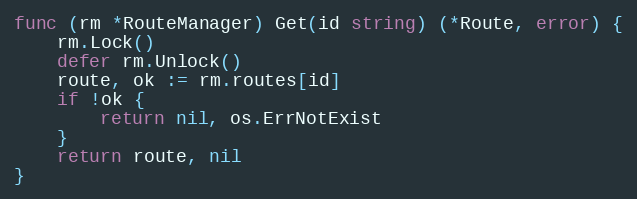
Language: Go
func (rm *RouteManager) Get(id string) (*Route, error) {
	rm.Lock()
	defer rm.Unlock()
	route, ok := rm.routes[id]
	if !ok {
		return nil, os.ErrNotExist
	}
	return route, nil
}